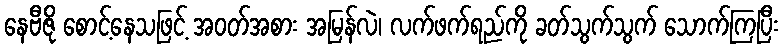
နေဗီဇို စောင့်နေသဖြင့် အဝတ်အစား အမြန်လဲ၊ လက်ဖက်ရည်ကို ခတ်သွက်သွက် သောက်ကြပြီး